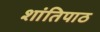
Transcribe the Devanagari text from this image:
शांतिपाठ